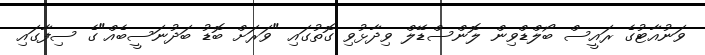
ވަނުއާޓުގެ ރައީސް ބޯލްޑްވިން ލޮންސްޑޭލް ވިދާޅުވި ގޮތުގައި "ވަރަށް ބޮޑު ބަދުނަސީބެއް"ގެ ސިފާގައި